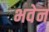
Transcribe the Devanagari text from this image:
भवेन